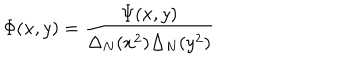
\Phi ( x , y ) = \frac { \Psi ( x , y ) } { \Delta _ { N } ( x ^ { 2 } ) \Delta _ { N } ( y ^ { 2 } ) }